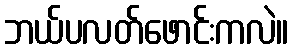
ဘယ်ပလတ်ဖောင်းကလဲ။